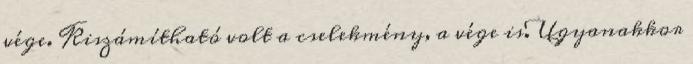
vége. Kiszámítható volt a cselekmény, a vége is. Ugyanakkor